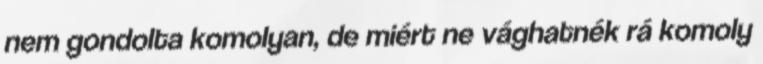
nem gondolta komolyan, de miért ne vághatnék rá komoly